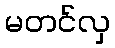
မတင်လှ